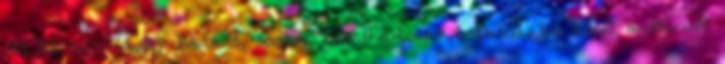
ALDI húsvétra? Kalács, sonka, csokikóstolás totalcar.hu Erről a filmről